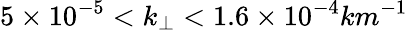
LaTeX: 5\times 10^{-5}<k_{\perp}<1.6\times 10^{-4}km^{-1}